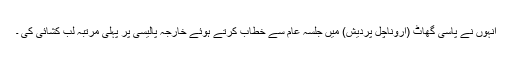
انہوں نے پاسی گھاٹ (اروناچل پردیش) میں جلسہ عام سے خطاب کرتے ہوئے خارجہ پالیسی پر پہلی مرتبہ لب کشائی کی ۔